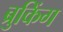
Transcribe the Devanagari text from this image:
ब्रुकिंग